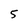
Character: 5